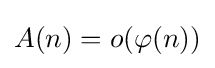
A(n)=o(\varphi (n))